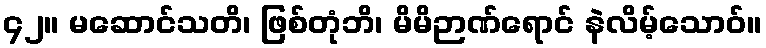
၄၂။ မဆောင်သတိ၊ ဖြစ်တုံဘိ၊ မိမိဉာဏ်ရောင် နဲလိမ့်သောဝ်။